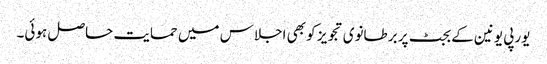
یورپی یونین کے بجٹ پر برطانوی تجویز کو بھی اجلاس میں حمایت حاصل ہوئی۔